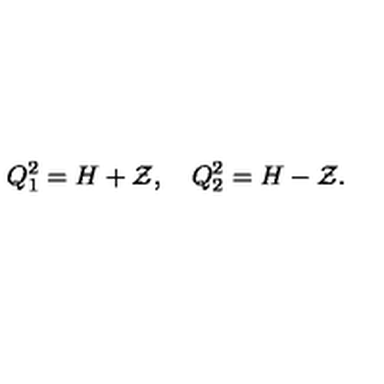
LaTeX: Q _ { 1 } ^ { 2 } = H + { \cal Z } , \quad Q _ { 2 } ^ { 2 } = H - { \cal Z } .